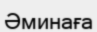
Әминаға